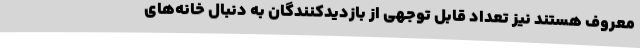
معروف‌ هستند نیز تعداد قابل توجهی از بازدیدکنندگان به دنبال خانه‌های